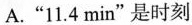
A.”11.4min”是时刻